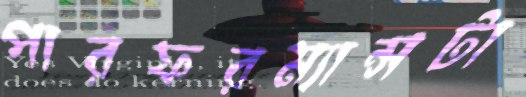
পারফরম্যান্সটা